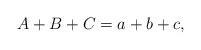
LaTeX: \begin{align*}A+B+C=a+b+c, \end{align*}